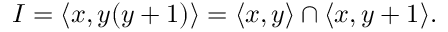
I = \langle x , y ( y + 1 ) \rangle = \langle x , y \rangle \cap \langle x , y + 1 \rangle .